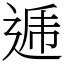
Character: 逓